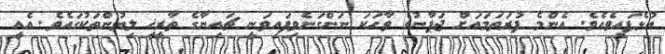
އުޅެފައިވެއެވެ. އެންމެ ފުރަތަމައަށް ޖަޕާނުގެ ވާހަކަ ނަންގަނެވިފައިވަނީ ޗައިނާގެ ތާރީޚީ ލިޔުންތަކުގައެވެ. އެއީ